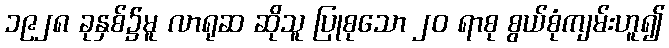
၁၉၂၈ ခုနှစ်၌မူ လာရုဆ ဆိုသူ ပြုစုသော ၂၀ ရာစု စွယ်စုံကျမ်းဟူ၍